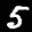
Label: 5